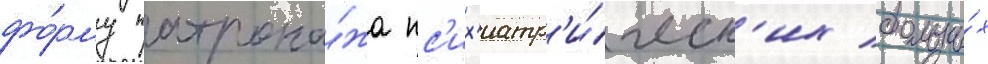
фо́рму патрона́жа пс'их'иатр'и́ческ'их больны́х